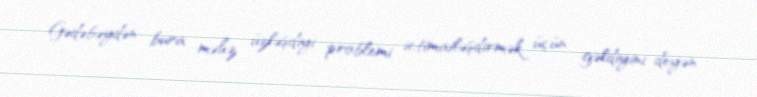
Gədəbəydən bura məhz üzləşdiyi problemi ictimailəşdirmək üçün gəldiyini deyən